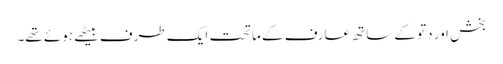
بخش اور دتو کے ساتھ عارف کے ماتحت ایک طرف بیٹھے ہوئے تھے۔